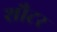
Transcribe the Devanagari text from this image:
शौटर